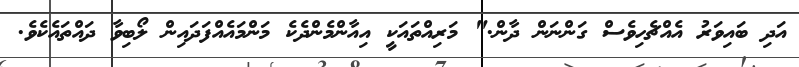
އަދި ބައިވަރު އެއްޗެހިވެސް ގަންނަން ދާން." މަރިއްތައަކީ އިއާންމެންދެކެ މަންމައެއްފަދައިން ލޯބިވާ ދައްތައެކެވެ.